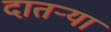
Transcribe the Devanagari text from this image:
दातर्‍या